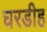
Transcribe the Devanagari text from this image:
घरडीह